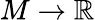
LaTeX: M\to\mathbb{R}